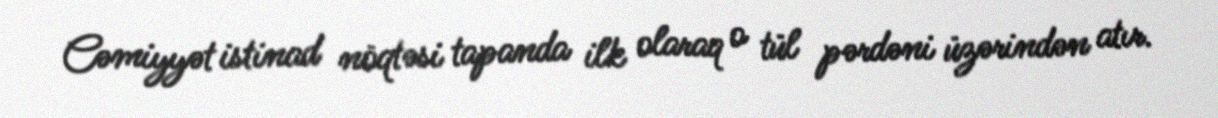
Cəmiyyət istinad nöqtəsi tapanda ilk olaraq o tül pərdəni üzərindən atır.